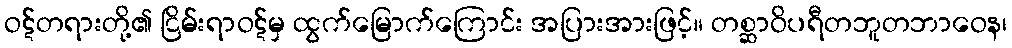
ဝဋ်တရားတို့၏ ငြိမ်းရာဝဋ်မှ ထွက်မြောက်ကြောင်း အပြားအားဖြင့်။ တစ္ဆာဝိပရီတဘူတဘာဝေန၊